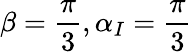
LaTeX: \beta=\frac{\pi}{3},\alpha_{I}=\frac{\pi}{3}